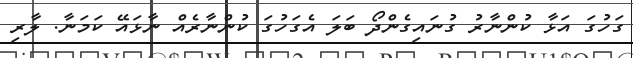
ގަހުގަ އަޅާ ކުންނާރު ގުނައިގެންދޯ ބަލަ އެގަހުގަ ކުންނާރެއް ނާޅައޭ ކަމަނާ. ލާރި